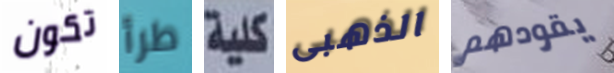
تكون طرأ كلية الذهبى يقودهم